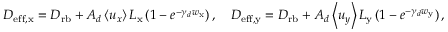
D _ { \mathrm { e f f , x } } = D _ { \mathrm { r b } } + A _ { d } \left< u _ { x } \right> L _ { \mathrm { x } } \left( 1 - e ^ { - \gamma _ { d } w _ { \mathrm { x } } } \right) , \quad D _ { \mathrm { e f f , y } } = D _ { \mathrm { r b } } + A _ { d } \left< u _ { y } \right> L _ { \mathrm { y } } \left( 1 - e ^ { - \gamma _ { d } w _ { \mathrm { y } } } \right) ,